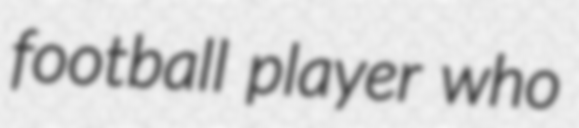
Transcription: football player who